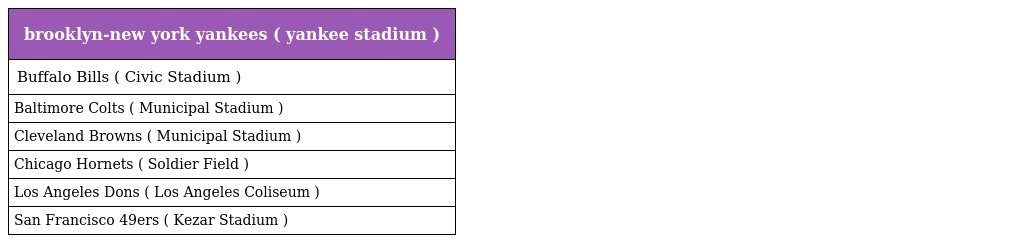
| brooklyn-new york yankees ( yankee stadium ) |
 | --- |
 | Buffalo Bills ( Civic Stadium ) |
 | Baltimore Colts ( Municipal Stadium ) |
 | Cleveland Browns ( Municipal Stadium ) |
 | Chicago Hornets ( Soldier Field ) |
 | Los Angeles Dons ( Los Angeles Coliseum ) |
 | San Francisco 49ers ( Kezar Stadium ) |